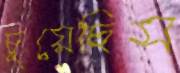
চুয়েছিস